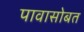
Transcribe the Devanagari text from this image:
पावासोबत